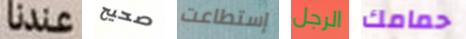
عندنا صحيح إستطاعت الرجل حمامك